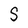
Character: S